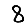
Digit: 8